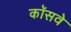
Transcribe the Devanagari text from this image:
कॉसवे